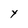
Character: Y